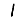
Digit: 1